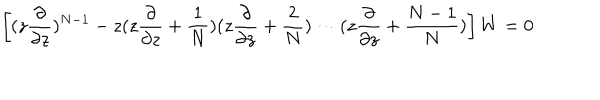
LaTeX: \left[ ( z \frac { \partial } { \partial z } ) ^ { N - 1 } - z ( z \frac { \partial } { \partial z } + \frac { 1 } { N } ) ( z \frac { \partial } { \partial z } + \frac { 2 } { N } ) \cdots ( z \frac { \partial } { \partial z } + \frac { N - 1 } { N } ) \right] W = 0